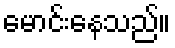
မောင်းနေသည်။